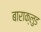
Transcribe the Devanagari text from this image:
बाराक्लुड